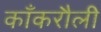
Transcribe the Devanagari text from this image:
काँकरौली